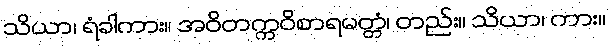
သိယာ၊ ရံခါကား။ အဝိတက္ကဝိစာရမတ္တံ၊ တည်း။ သိယာ၊ ကား။